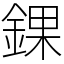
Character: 錁